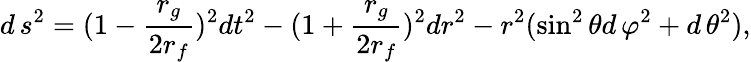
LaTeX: d\, s^{2}=(1-\frac{r_{g}}{2r_{f}})^{2}dt^{2}-(1+\frac{r_{g}}{2r_{f}})^{2}dr^{2}-r^{2}(\sin^{2}\theta d\, \varphi^{2}+d\, \theta^{2}),